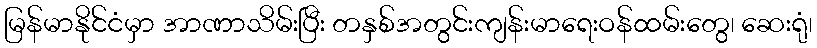
မြန်မာနိုင်ငံမှာ အာဏာသိမ်းပြီး တနှစ်အတွင်းကျန်းမာရေးဝန်ထမ်းတွေ၊ ဆေးရုံ၊